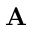
{ \bf A }